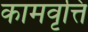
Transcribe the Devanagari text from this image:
कामवृत्ति